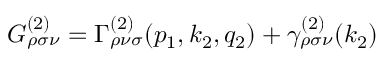
G _ { \rho \sigma \nu } ^ { ( 2 ) } = \Gamma _ { \rho \nu \sigma } ^ { ( 2 ) } ( p _ { 1 } , k _ { 2 } , q _ { 2 } ) + \gamma _ { \rho \sigma \nu } ^ { ( 2 ) } ( k _ { 2 } )